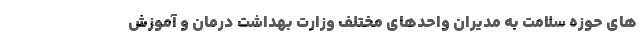
های حوزه سلامت به مدیران واحدهای مختلف وزارت بهداشت درمان و آموزش